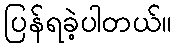
ပြန်ရခဲ့ပါတယ်။